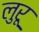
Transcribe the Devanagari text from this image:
लुरू